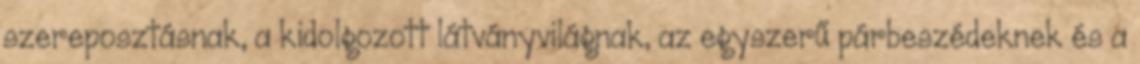
szereposztásnak, a kidolgozott látványvilágnak, az egyszerű párbeszédeknek és a